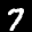
Label: 7